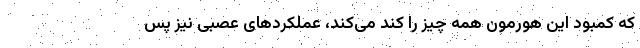
که کمبود این هورمون همه چیز را کند می‌کند، عملکرد‌های عصبی نیز پس